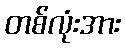
တစ်လုံးအား